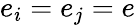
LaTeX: e_{i}=e_{j}=e